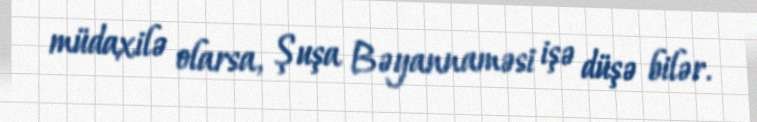
müdaxilə olarsa, Şuşa Bəyannaməsi işə düşə bilər.